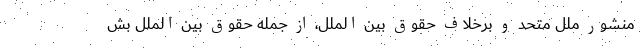
منشور ملل متحد و برخلاف حقوق بین الملل، از جمله حقوق بین الملل بش